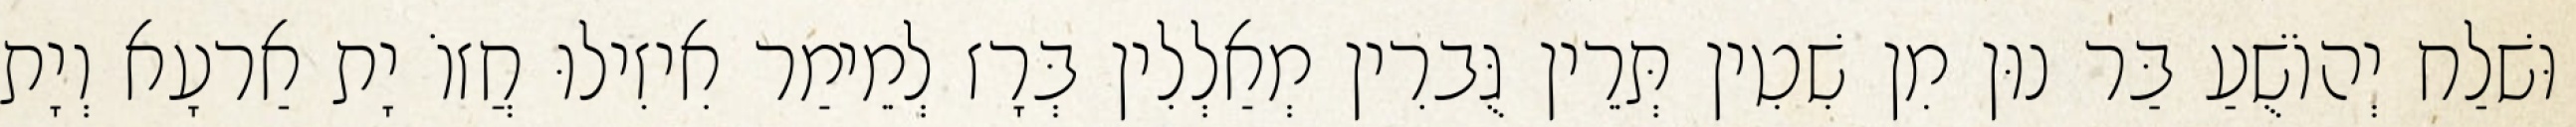
וּשׁלַח יְהוֹשֻׁעַ בַּר נוּן מִן שִׁטִין תְּרֵין גֻּברִין מְאַלְלִין בְּרָז לְמֵימַר אִיזִילוּ חֲזוֹ יָת אַרעָא וְיָת